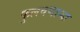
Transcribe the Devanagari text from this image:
फुलवणाऱ्या